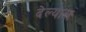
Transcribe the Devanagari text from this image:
देल्यास